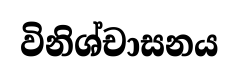
විනිශ්චාසනය